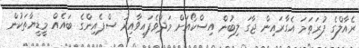
ރެއާލްގެ ފުރަތަމަ އެގާރައިން ޖާގަ ލިބުން އިސްކޯއަށް މަދުވެފައިވާއިރު ސްޕެއިންގެ ބައެއް މީޑީޔާތަކުން